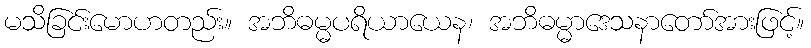
မသိခြင်းမောဟတည်း။ အဘိဓမ္မပရိယာယေန၊ အဘိဓမ္မာဒေသနာတော်အားဖြင့်။